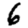
Digit: 6